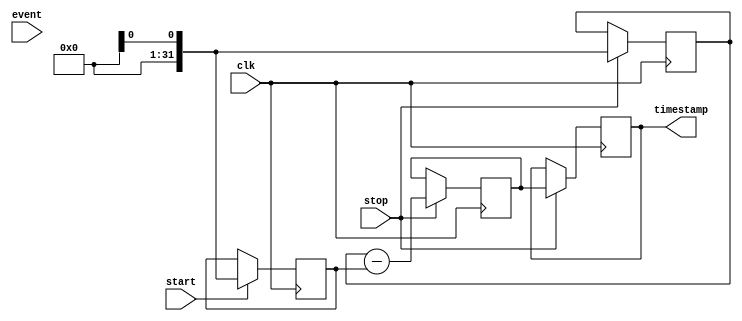
module timestamp_timer(
    input wire clk,      // High-resolution clock input
    input wire start,    // Start signal for timer
    input wire stop,     // Stop signal for timer
    input wire event,    // Event or signal transition to timestamp
    output reg [31:0] timestamp // Output timestamp
);

reg [31:0] start_time;  // Start time for timer
reg [31:0] stop_time;   // Stop time for timer
reg [31:0] time_duration; // Time duration between start and stop

always @(posedge clk) begin
    if(start) begin
        start_time <= $time; // Capture start time
    end
    if(stop) begin
        stop_time <= $time; // Capture stop time
        time_duration <= stop_time - start_time; // Calculate time duration
        timestamp <= time_duration; // Output timestamp
    end
end

endmodule